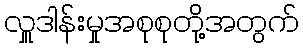
လှူဒါန်းမှုအစုစုတို့အတွက်